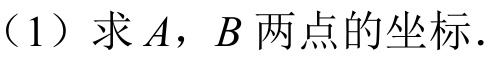
（1）求\(A\)，\(B\)两点的坐标．